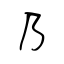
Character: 乃